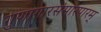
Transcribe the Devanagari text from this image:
गुणागारसंसारपारम्